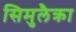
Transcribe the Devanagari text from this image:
सिमुलैक्रा